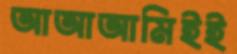
আআআমিইই